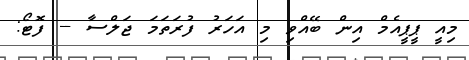
މިއީ ޕީޕީއެމް އިން ބޭއްވި މި އަހަރު ފުރަތަމަ ޖަލްސާ -- ފޮޓޯ: